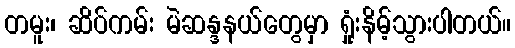
တမူး၊ ဆိပ်ကမ်း မဲဆန္ဒနယ်တွေမှာ ရှုံးနိမ့်သွားပါတယ်။